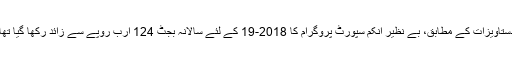
دستاویزات کے مطابق، بے نظیر انکم سپورٹ پروگرام کا 2018-19 کے لئے سالانہ بجٹ 124 ارب روپے سے زائد رکھا گیا تھا۔